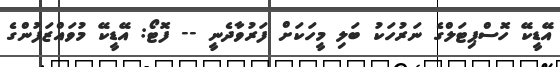
އޭޑީކޭ ހޮސްޕިޓަލްގެ ނަރުހަކު ބަލި މީހަކަށް ފަރުވާދެނީ -- ފޮޓޯ: އޭޑީކޭ މުވައްޒަފުންގެ